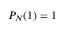
P _ { N } ( 1 ) = 1